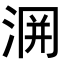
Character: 𭰲